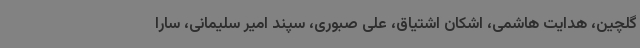
گلچین، هدایت هاشمی، اشکان اشتیاق، علی صبوری، سپند امیر سلیمانی، سارا